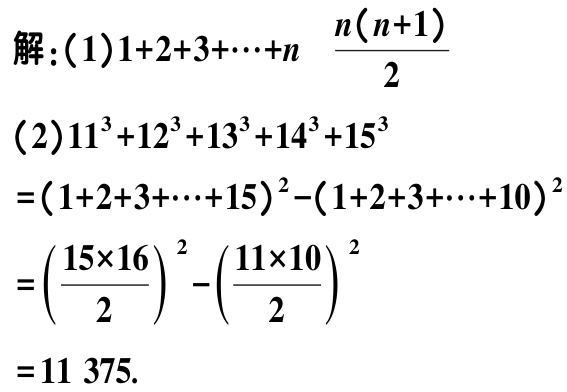
解：(1)$1 + 2 + 3 + \cdots + n=\frac{n(n + 1)}{2}$
(2)$11^{3}+12^{3}+13^{3}+14^{3}+15^{3}$
$=(1 + 2 + 3+\cdots+15)^{2}-(1 + 2 + 3+\cdots+10)^{2}$
$=(\frac{15\times16}{2})^{2}-(\frac{11\times10}{2})^{2}$
$=11\ 375$.